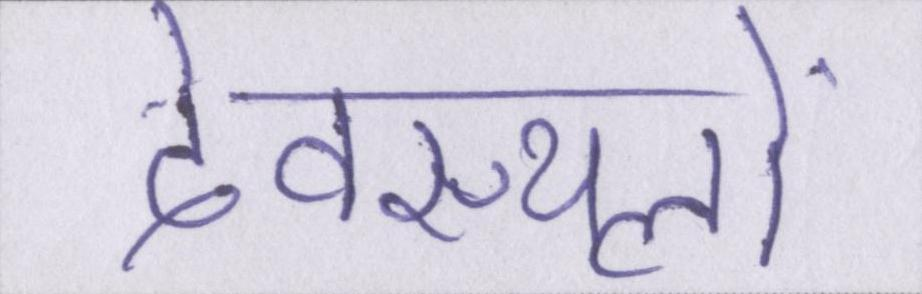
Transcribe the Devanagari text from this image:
देवस्थलों